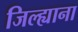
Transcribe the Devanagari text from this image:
जिल्ह्याना